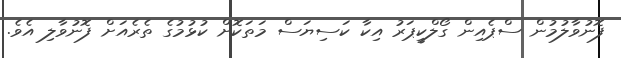
ފޮނުވާލުމުން ސްޕެއިން ގޯލްކީޕަރު އިކާ ކަސިޔަސް މަތަކޮށް ކުޅުމުގެ ތެރެއަށް ފޮނުވާލި އެވެ.